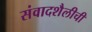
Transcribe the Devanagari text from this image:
संवादशैलीची